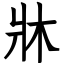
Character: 牀